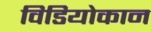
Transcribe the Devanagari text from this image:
विडियोकान